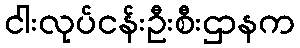
ငါးလုပ်ငန်းဦးစီးဌာနက